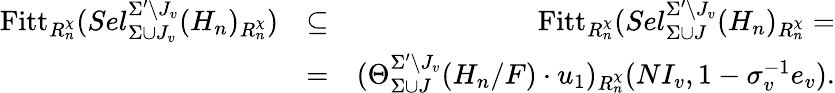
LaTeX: \begin{array}{rlr}{\mathrm{Fitt}_{R_{n}^{\chi}}(Sel_{\Sigma\cup J_{v}}^{\Sigma^{\prime}\setminus J_{v}}(H_{n})_{R_{n}^{\chi}})}&{\subseteq}&{\mathrm{Fitt}_{R_{n}^{\chi}}(Sel_{\Sigma\cup J}^{\Sigma^{\prime}\setminus J_{v}}(H_{n})_{R_{n}^{\chi}}=}\\ &{=}&{(\Theta_{\Sigma\cup J}^{\Sigma^{\prime}\setminus J_{v}}(H_{n}/F)\cdot u_{1})_{R_{n}^{\chi}}(NI_{v},1-\sigma_{v}^{-1}e_{v}).}\end{array}